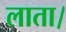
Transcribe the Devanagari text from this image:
लाता।